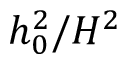
h _ { 0 } ^ { 2 } / H ^ { 2 }